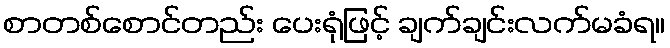
စာတစ်စောင်တည်း ပေးရုံဖြင့် ချက်ချင်းလက်မခံရ။